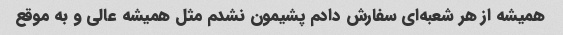
همیشه از هر شعبه‌ای سفارش دادم پشیمون نشدم مثل همیشه عالی و به موقع